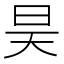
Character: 昊